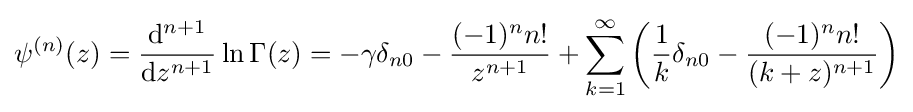
\psi ^{(n)}(z)={\frac {\mathrm {d} ^{n+1}}{\mathrm {d} z^{n+1}}}\ln \Gamma (z)=-\gamma \delta _{n0}-{\frac {(-1)^{n}n!}{z^{n+1}}}+\sum _{k=1}^{\infty }\left({\frac {1}{k}}\delta _{n0}-{\frac {(-1)^{n}n!}{(k+z)^{n+1}}}\right)